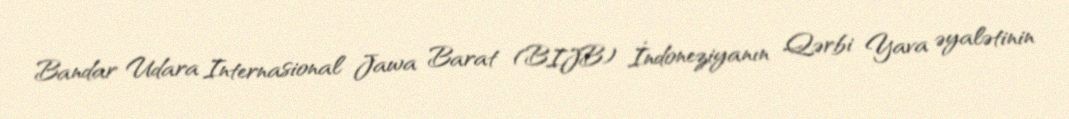
Bandar Udara Internasional Jawa Barat (BIJB) İndoneziyanın Qərbi Yava əyalətinin